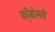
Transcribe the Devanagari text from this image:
कॉ्ंग्रेसचे